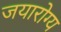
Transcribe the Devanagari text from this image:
जयारोग्य